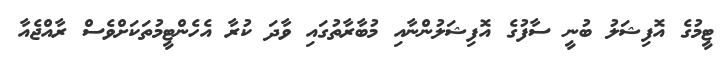
ޓީމުގެ އޮފިޝަލު ބުނީ ސާފުގެ އޮފިޝަލުންނާއި މުބާރާތުގައި ވާދަ ކުރާ އެހެންޓީމުތަކަށްވެސް ރާއްޖެއާ